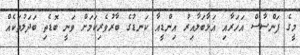
މީގެ ފަންސާސް އަހަރާއި އަޅާބަލާއިރު އިންޑީއާ ކަނޑުގެ ބާރުވެރިކަމަށް ވަނީ ބޮޑެތި ބަދަލުތަކެއް